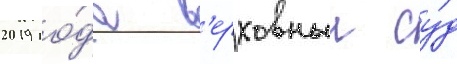
2019 го́да в'ерховныи су́д